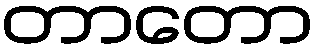
တာတော